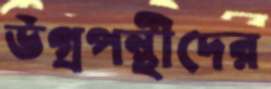
উগ্রপন্থীদের